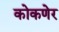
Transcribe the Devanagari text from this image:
कोकणेर